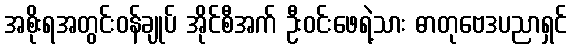
အစိုးရအတွင်းဝန်ချုပ် အိုင်စီအက် ဦးဝင်းဖေရဲ့သား ဓာတုဗေဒပညာရှင်